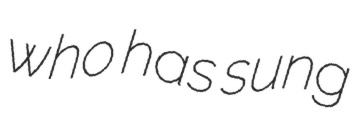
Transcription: who has sung